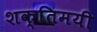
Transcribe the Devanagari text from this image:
शक्तिमयी